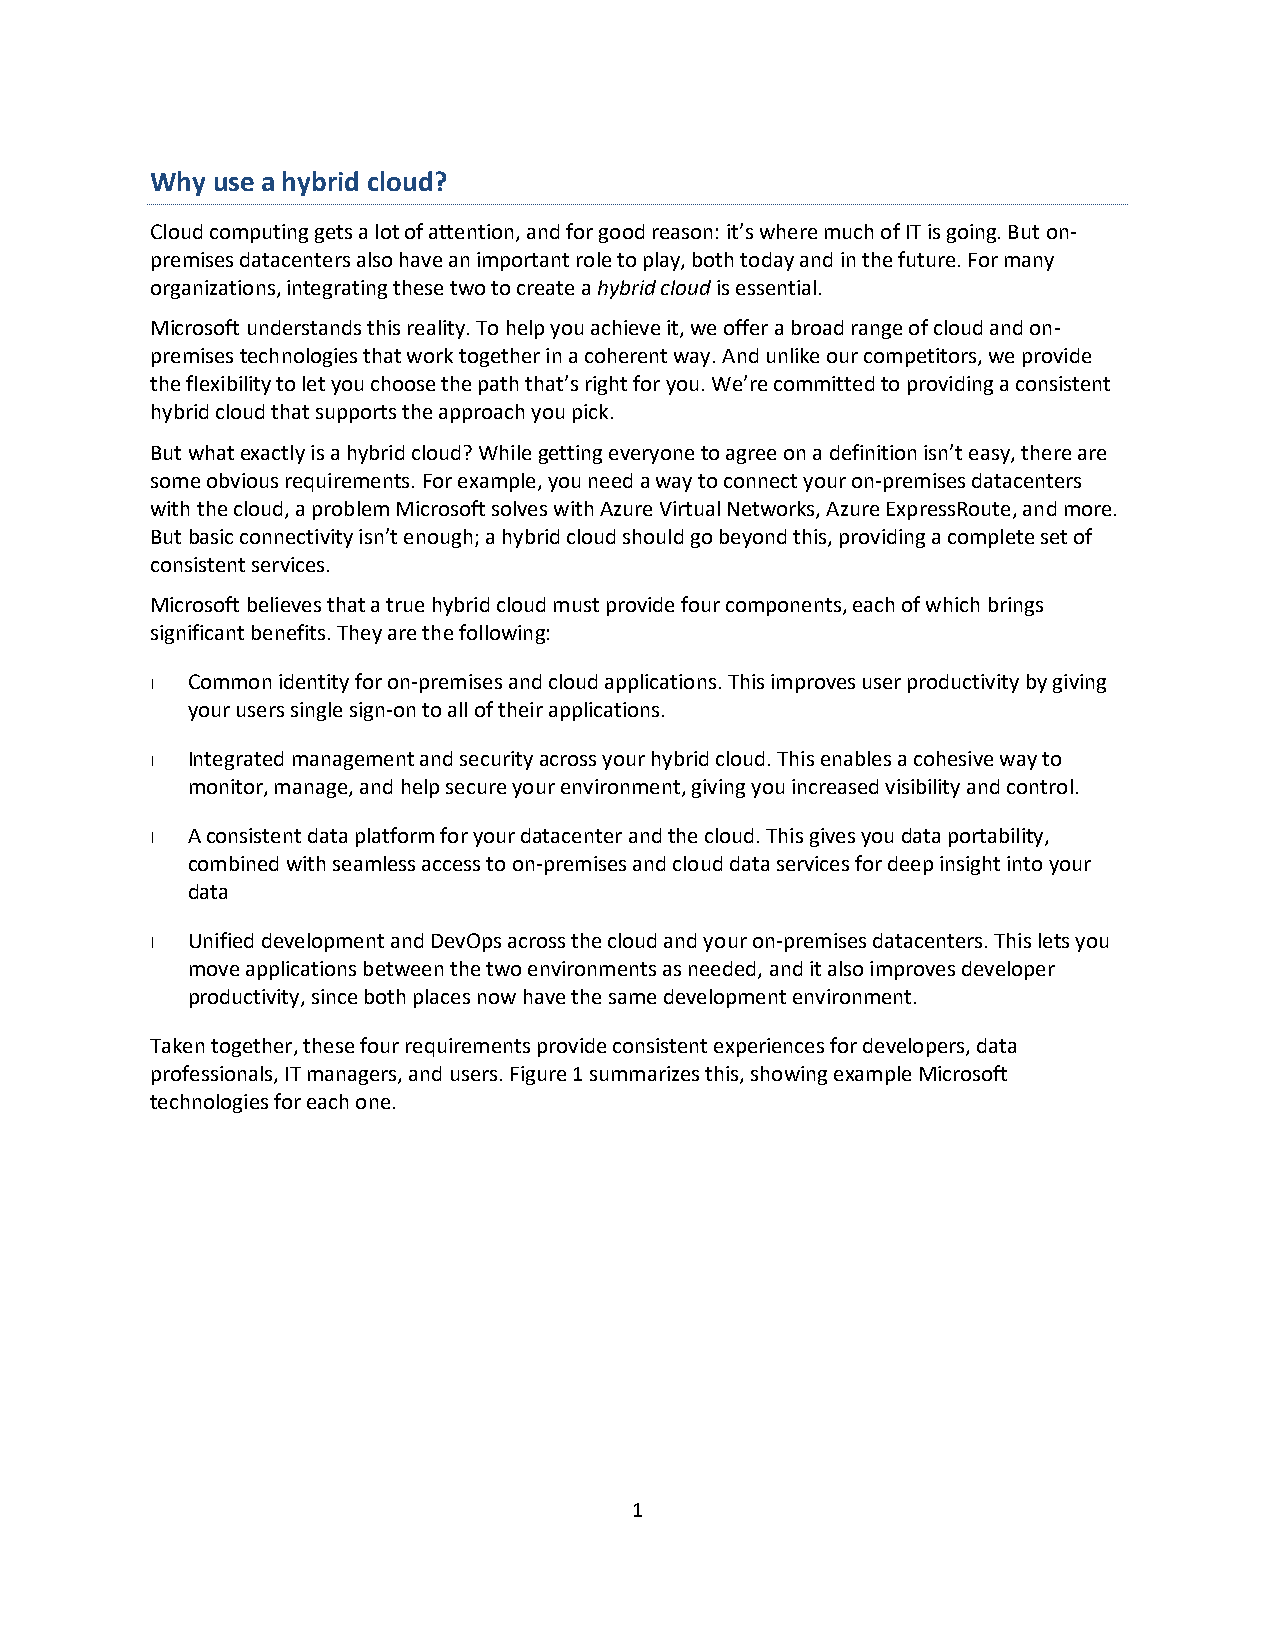
Why use a hybrid cloud?
 Cloud computing gets a lot of attention, and for good reason: it’s where much of IT is going. But on-
 premises datacenters also have an important role to play, both today and in the future. For many
 organizations, integrating these two to create a hybrid cloud is essential.
 Microsoft understands this reality. To help you achieve it, we offer a broad range of cloud and on-
 premises technologies that work together in a coherent way. And unlike our competitors, we provide
 the flexibility to let you choose the path that’s right for you. We’re committed to providing a consistent
 hybrid cloud that supports the approach you pick.
 But what exactly is a hybrid cloud? While getting everyone to agree on a definition isn’t easy, there are
 some obvious requirements. For example, you need a way to connect your on-premises datacenters
 with the cloud, a problem Microsoft solves with Azure Virtual Networks, Azure ExpressRoute, and more.
 But basic connectivity isn’t enough; a hybrid cloud should go beyond this, providing a complete set of
 consistent services.
 Microsoft believes that a true hybrid cloud must provide four components, each of which brings
 significant benefits. They are the following:
 Common identity for on-premises and cloud applications. This improves user productivity by giving
 your users single sign-on to all of their applications.
 Integrated management and security across your hybrid cloud. This enables a cohesive way to
 monitor, manage, and help secure your environment, giving you increased visibility and control.
 A consistent data platform for your datacenter and the cloud. This gives you data portability,
 combined with seamless access to on-premises and cloud data services for deep insight into your
 data
 Unified development and DevOps across the cloud and your on-premises datacenters. This lets you
 move applications between the two environments as needed, and it also improves developer
 productivity, since both places now have the same development environment.
 Taken together, these four requirements provide consistent experiences for developers, data
 professionals, IT managers, and users. Figure 1 summarizes this, showing example Microsoft
 technologies for each one.
 1